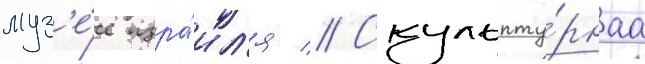
муз'е́е изра́ил'я // Скульпту́рнаа